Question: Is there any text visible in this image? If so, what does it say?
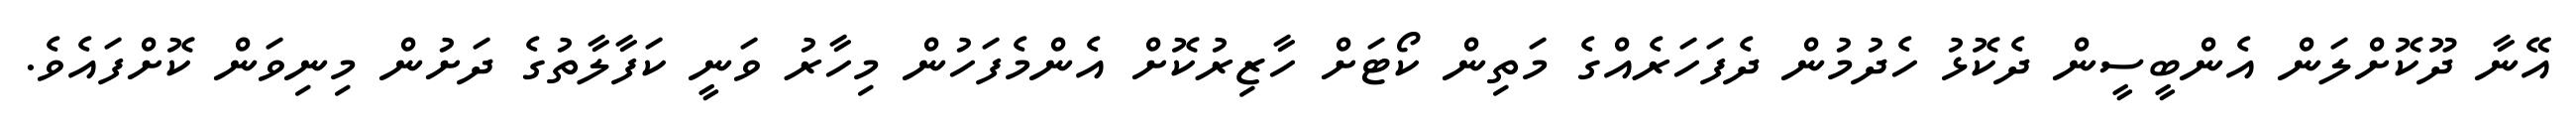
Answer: އޭނާ ދޫކޮށްލަން އެންބީސީން ދެކޮޅު ހެދުމުން ދެފަހަރެއްގެ މަތިން ކޯޓަށް ހާޒިރުކޮށް އެންމެފަހުން މިހާރު ވަނީ ކަފާލާތުގެ ދަށުން މިނިވަން ކޮށްފައެވެ.